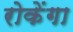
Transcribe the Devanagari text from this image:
रोकेंगा